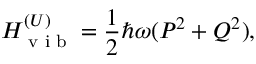
H _ { \textrm { v i b } } ^ { ( U ) } = \frac { 1 } { 2 } \hbar \omega ( P ^ { 2 } + Q ^ { 2 } ) ,